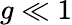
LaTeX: g\ll 1